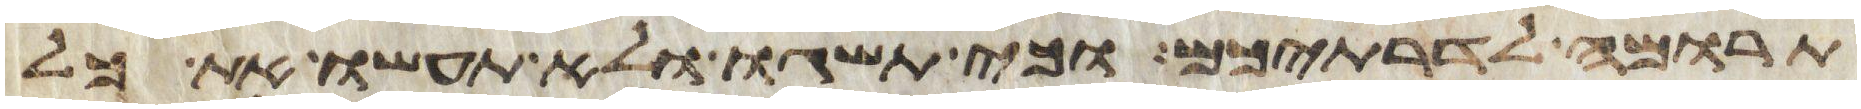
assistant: תרומה לדרתיכם וכי תשגו ולא תעשו את כל